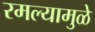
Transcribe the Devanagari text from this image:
रमल्यामुळे